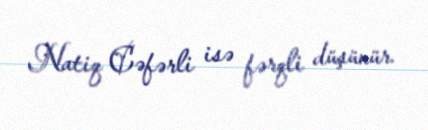
Natiq Cəfərli isə fərqli düşünür.